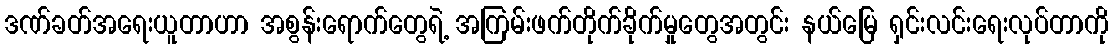
ဒဏ်ခတ်အရေးယူတာဟာ အစွန်းရောက်တွေရဲ့ အကြမ်းဖက်တိုက်ခိုက်မှုတွေအတွင်း နယ်မြေ ရှင်းလင်းရေးလုပ်တာကို